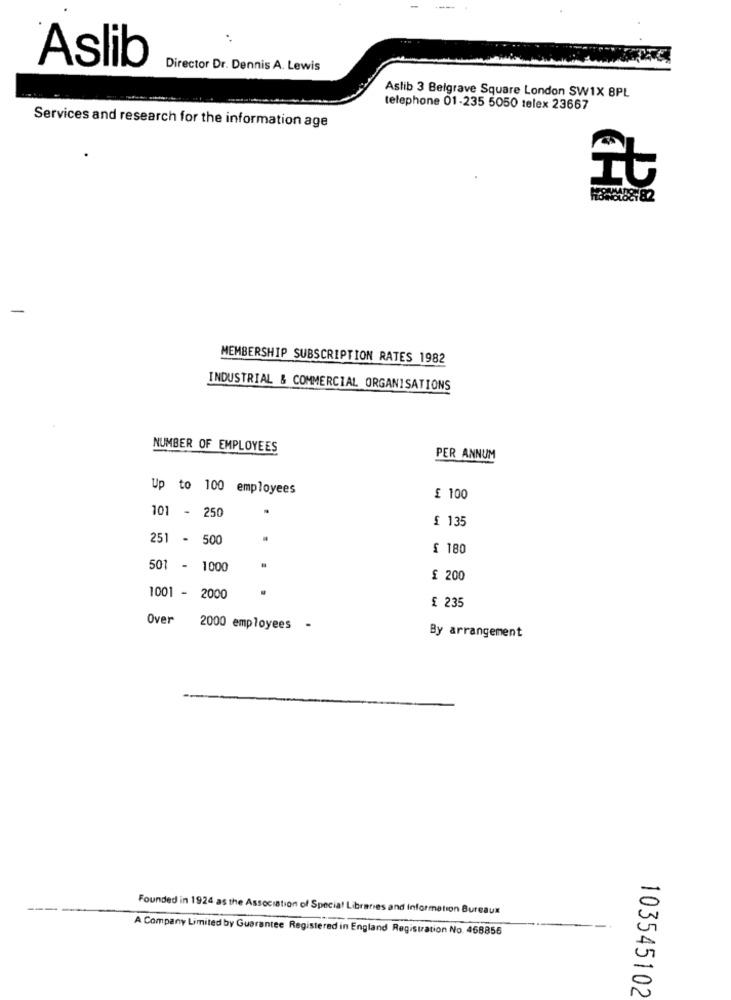
Aslib
Director Dr. Dennis A. Lewis
Aslib 3 Belgrave Square London SW1X 8PL
telephone 01-235 5050 telex 23667
Services and research for the information age
MEMBERSHIP SUBSCRIPTION RATES 1982
INDUSTRIAL & COMMERCIAL ORGANISATIONS
NUMBER OF EMPLOYEES
PER ANNUM
Up to 100 employees
£ 100
101 - 250
£ 135
251 - 500
£ 180
501 - 1000
£ 200
1001 - 2
£ 235
Over
2000 employees -
By arrangement
0
Founded in 1924 as the Association of Special Libraries and Information Bureaux
A Company Limited by Guarantee Registered in England Registration No. 468856
-
103545102